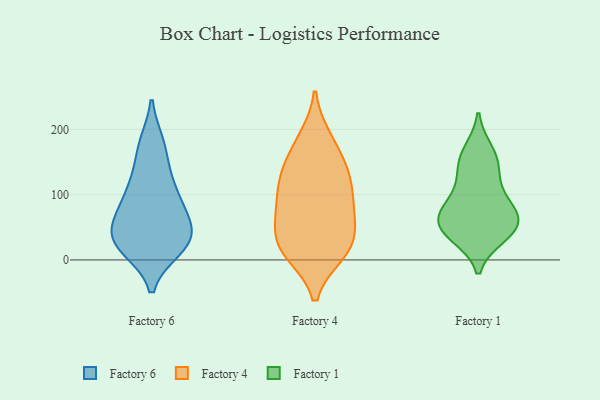
{"axis": {"x": "Demand Index", "y": "Value"}, "legend": ["Factory 1", "Factory 4", "Factory 6"], "data": [{"x": "", "y": 36, "type": "Factory 6"}, {"x": "", "y": 37, "type": "Factory 6"}, {"x": "", "y": 104, "type": "Factory 6"}, {"x": "", "y": 106, "type": "Factory 6"}, {"x": "", "y": 18, "type": "Factory 6"}, {"x": "", "y": 173, "type": "Factory 6"}, {"x": "", "y": 69, "type": "Factory 6"}, {"x": "", "y": 23, "type": "Factory 6"}, {"x": "", "y": 33, "type": "Factory 6"}, {"x": "", "y": 61, "type": "Factory 6"}, {"x": "", "y": 76, "type": "Factory 6"}, {"x": "", "y": 129, "type": "Factory 6"}, {"x": "", "y": 21, "type": "Factory 6"}, {"x": "", "y": 177, "type": "Factory 6"}, {"x": "", "y": 69, "type": "Factory 4"}, {"x": "", "y": 140, "type": "Factory 4"}, {"x": "", "y": 186, "type": "Factory 4"}, {"x": "", "y": 12, "type": "Factory 4"}, {"x": "", "y": 131, "type": "Factory 4"}, {"x": "", "y": 179, "type": "Factory 4"}, {"x": "", "y": 46, "type": "Factory 4"}, {"x": "", "y": 94, "type": "Factory 4"}, {"x": "", "y": 90, "type": "Factory 4"}, {"x": "", "y": 73, "type": "Factory 4"}, {"x": "", "y": 25, "type": "Factory 4"}, {"x": "", "y": 138, "type": "Factory 4"}, {"x": "", "y": 10, "type": "Factory 4"}, {"x": "", "y": 118, "type": "Factory 4"}, {"x": "", "y": 11, "type": "Factory 4"}, {"x": "", "y": 36, "type": "Factory 4"}, {"x": "", "y": 73, "type": "Factory 1"}, {"x": "", "y": 50, "type": "Factory 1"}, {"x": "", "y": 141, "type": "Factory 1"}, {"x": "", "y": 158, "type": "Factory 1"}, {"x": "", "y": 76, "type": "Factory 1"}, {"x": "", "y": 74, "type": "Factory 1"}, {"x": "", "y": 124, "type": "Factory 1"}, {"x": "", "y": 96, "type": "Factory 1"}, {"x": "", "y": 40, "type": "Factory 1"}, {"x": "", "y": 46, "type": "Factory 1"}, {"x": "", "y": 58, "type": "Factory 1"}, {"x": "", "y": 167, "type": "Factory 1"}, {"x": "", "y": 37, "type": "Factory 1"}]}